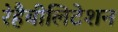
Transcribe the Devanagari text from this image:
रेहैबीलिटेशन